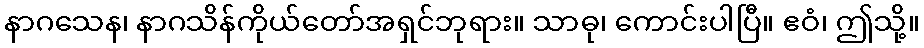
နာဂသေန၊ နာဂသိန်ကိုယ်တော်အရှင်ဘုရား။ သာဓု၊ ကောင်းပါပြီ။ ဧဝံ၊ ဤသို့။